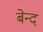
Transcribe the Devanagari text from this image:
बेन्द